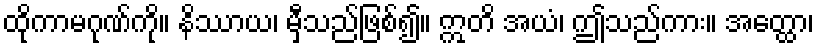
ထိုကာမဂုဏ်ကို။ နိဿာယ၊ မှီသည်ဖြစ်၍။ ဣတိ အယံ၊ ဤသည်ကား။ အတ္ထော၊